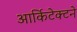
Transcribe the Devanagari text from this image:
आर्किटेक्‍टने